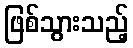
ဖြစ်သွားသည့်